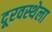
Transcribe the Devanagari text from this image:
दूरवस्थेला